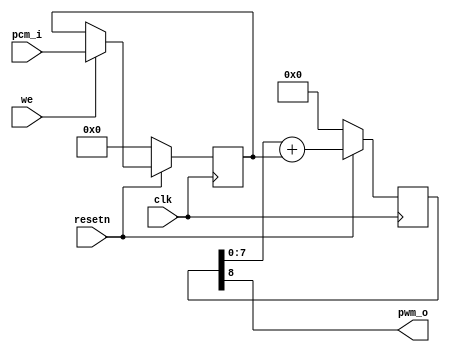
module pwm 
 (
    input wire clk,
    input wire resetn,
    input wire we,
    input wire [7:0] pcm_i,
    output wire pwm_o
);

  // https://www.fpga4fun.com/PWM_DAC_3.html
  reg [8:0] pwm_accumulator;
  reg [7:0] pcm;

  always @(posedge clk) begin 
    if (!resetn) begin
      pcm <= 0;

    end else begin
      if (we) pcm <= pcm_i;
    end

  end

  always @(posedge clk) begin 
    pwm_accumulator <= !resetn ? 0 : pwm_accumulator[7:0] + pcm;
  end

  assign pwm_o = pwm_accumulator[8];

endmodule